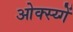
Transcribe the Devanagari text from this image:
ओक्स्य्गें